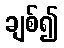
ချစ်၍